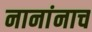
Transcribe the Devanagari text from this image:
नानांनाच